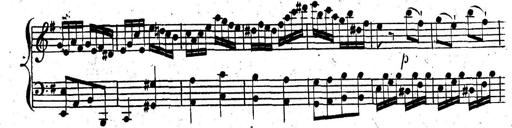
Title: Nouvelle Sonatine facile et agrÃ©able
Composer: Ignaz Moscheles
Key: G major